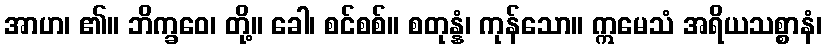
အာဟ၊ ၏။ ဘိက္ခဝေ၊ တို့။ ခေါ၊ စင်စစ်။ စတုန္နံ၊ ကုန်သော။ ဣမေသံ အရိယသစ္စာနံ၊